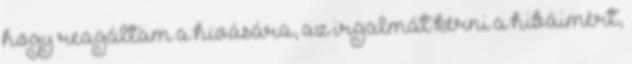
hogy reagáltam a hívására, az irgalmát kérni a hibáimért,